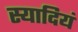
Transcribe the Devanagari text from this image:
स्यादियं